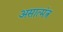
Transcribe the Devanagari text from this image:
असात्मंत्र